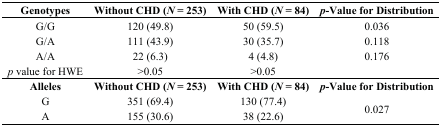
| Genotypes | Without CHD (N = 253) | With CHD (N = 84) | p-Value for Distribution |
 | --- | --- | --- | --- |
 | G/G | 120 (49.8) | 50 (59.5) | 0.036 |
 | G/A | 111 (43.9) | 30 (35.7) | 0.118 |
 | A/A | 22 (6.3) | 4 (4.8) | 0.176 |
 | p value for HWE | >0.05 | >0.05 |  |
 | Alleles | Without CHD (N = 253) | With CHD (N = 84) | p-Value for Distribution |
 | G | 351 (69.4) | 130 (77.4) | <ROWSPAN=2> 0.027 |
 | A | 155 (30.6) | 38 (22.6) |